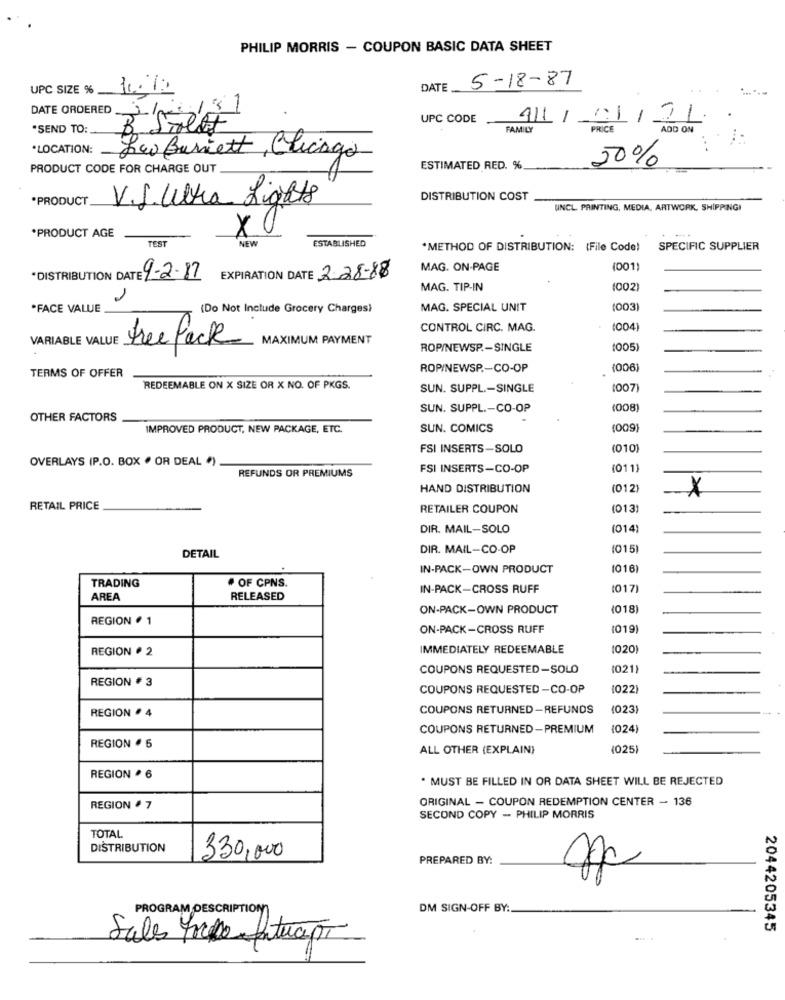
PHILIP MORRIS - COUPON BASIC DATA SHEET
5-18-87
UPC SIZE %
1.72
DATE
131
UPC CODE
411/01/21
.SEND TO:
DATE ORDERED L'ÉLÉ
FAMILY
PRICE
ADD ON
*LOCATION:
Leo Burnett , Chicago
PRODUCT CODE FOR CHARGE OUT
ESTIMATED RED. %
50%
*PRODUCT
V.J. Ulka Lights
DISTRIBUTION COST
UNCL PRINTING, MEDIA, ARTWORK, SHIPPINGI
X
*PRODUCT AGE
TEST
ESTABLISHED
NEW
*METHOD OF DISTRIBUTION: (File Code)
SPECIFIC SUPPLIER
MAG. ON-PAGE
1001)
*DISTRIBUTION DATE 1-2.87
EXPIRATION DATE 2-28-88
MAG. TIP-IN
(002
1
.FACE VALUE
(Do Not Include Grocery Charges)
MAG. SPECIAL UNIT
(003
CONTROL CIRC. MAG.
(004)
MAXIMUM PAYMENT
VARIABLE VALUE Free Pack
ROP/NEWSP .- SINGLE
(005)
TERMS OF OFFER
ROP/NEWSP .- CO-OP
(006
REDEEMABLE ON X SIZE OR X NO. OF PKGS.
SUN. SUPPL .- SINGLE
1007
SUN. SUPPL .- CO-OP
1008
OTHER FACTORS
IMPROVED PRODUCT, NEW PACKAGE, ETC.
SUN. COMICS
(009)
FSI INSERTS-SOLO
(010)
OVERLAYS (P.O. BOX · OR DEAL ")
FSI INSERTS-CO-OP
(011)
REFUNDS OR PREMIUMS
HAND DISTRIBUTION
(012)
X
RETAIL PRICE
RETAILER COUPON
(013)
DIR. MAIL-SOLO
(014)
DIR. MAIL-CO-OP
(015)
DETAIL
IN-PACK-OWN PRODUCT
(016)
TRADING
· OF CPNS.
IN-PACK-CROSS RUFF
(017)
AREA
RELEASED
ON-PACK-OWN PRODUCT
(018)
REGION . 1
ON-PACK-CROSS RUFF
(019)
REGION · 2
IMMEDIATELY REDEEMABLE
(020)
COUPONS REQUESTED-SOLO
(021)
REGION # 3
COUPONS REQUESTED-CO-OP
(022)
COUPONS RETURNED -REFUNDS
(023)
REGION . 4
COUPONS RETURNED -PREMIUM
(024)
REGION · 5
ALL OTHER (EXPLAIN)
(025)
REGION . 6
MUST BE FILLED IN OR DATA SHEET WILL BE REJECTED
ORIGINAL - COUPON REDEMPTION CENTER - 136
REGION # 7
SECOND COPY - PHILIP MORRIS
TOTAL
DISTRIBUTION
330,000
PREPARED BY:
PROGRAM DESCRIPTION
DM SIGN-OFF BY:
2044205345
Sales force faturapt